Vaccine operations Central Provinces 1900-1911 - 1900-1911
Year: 1900
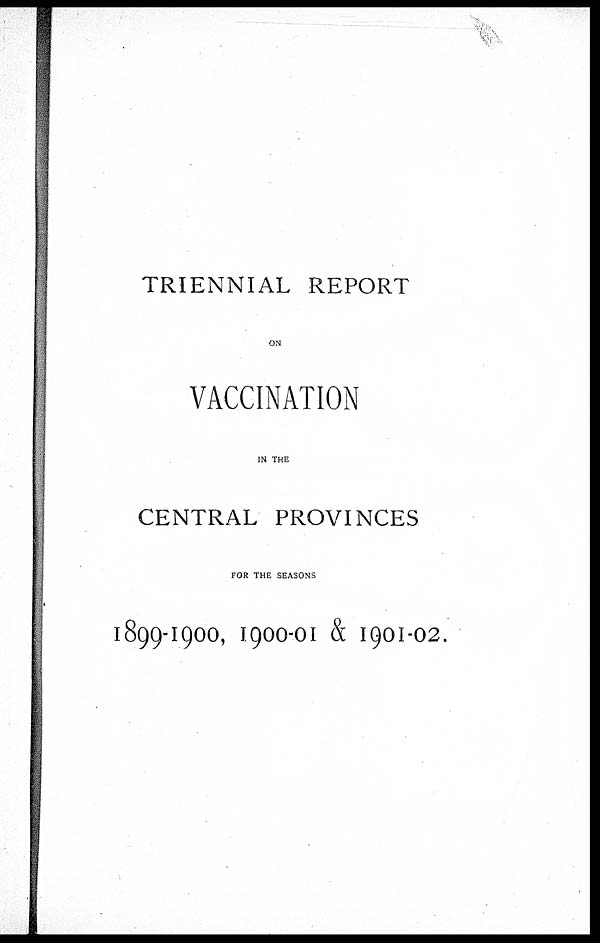
TRIENNIAL REPORT
ON
VACCINATION
IN THE
CENTRAL PROVINCES
FOR THE SEASONS
1899-1900, 1900-01 & 1901-02.